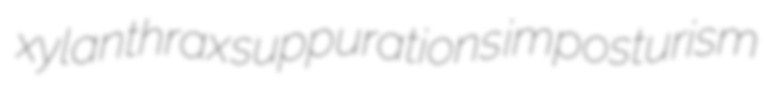
xylanthrax suppurations imposturism